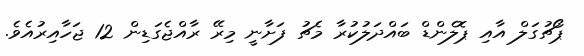
ޕޯޗުގަލް އާއި ޕޮލެންޑް ބައްދަލުކުރާ މެޗު ފަށާނީ މިރޭ ރާއްޖެގަޑިން 12 ޖަހާއިރުއެވެ.